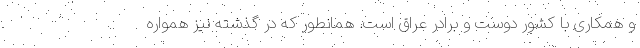
و همکاری با کشور دوست و برادر عراق است. همانطور که در گذشته نیز همواره